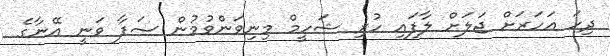
ދިހަ އަހަރަށް ޖަލަށް ލާފައި ހުރި ޝަހީމް މިނިވަންވުމުން ސަފާ ވަނީ އޭނާގެ